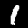
Digit: 1